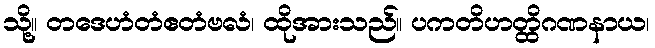
သို့။ တဒေဟံတံဧတံဗလံ၊ ထိုအားသည်။ ပကတိဟတ္ထိဂဏနာယ၊